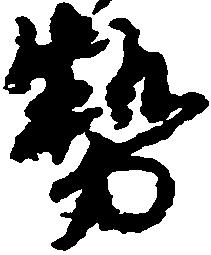
勢